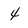
Character: 4